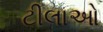
ટીલાઓ